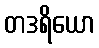
တဒရိယော